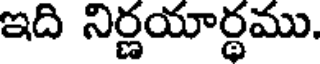
ఇది నిర్ణయార్థము.